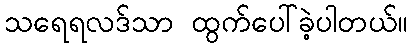
သရေရလဒ်သာ ထွက်ပေါ်ခဲ့ပါတယ်။